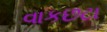
વાકછટા